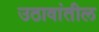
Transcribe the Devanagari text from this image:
उठावांतील